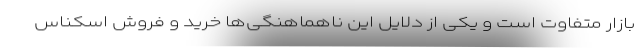
بازار متفاوت است و یکی از دلایل این ناهماهنگی‌ها خرید و فروش اسکناس